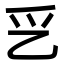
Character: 㐍